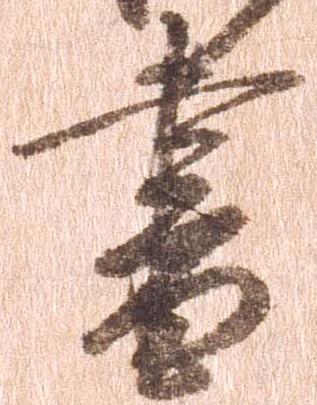
書